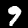
Digit: 9